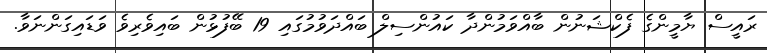
ރައީސް ޔާމީންގެ ފެކްޝަނުން ބާއްވަމުންދާ ކައުންސިލް ބައްދަވުމުގައި 19 ބޭފުޅުން ބައިވެރިވެ ވަޑައިގަންނަވާ.